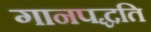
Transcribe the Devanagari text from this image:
गानपद्धति